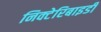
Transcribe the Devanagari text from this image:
निक्टेरिबाइडी